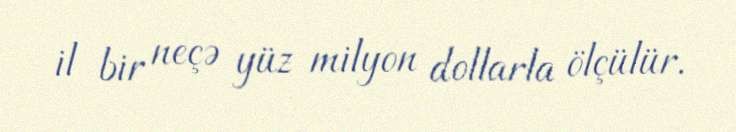
il bir neçə yüz milyon dollarla ölçülür.